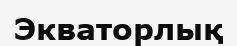
Экваторлық